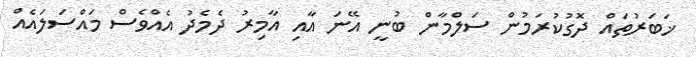
ޚަބަރުތައް ދޮގުކުރަމުން ސަލްމާން ބުނީ އޭނަ އާއި އާމިރު ދެމެދު އެއްވެސް މައްސަލައެއް